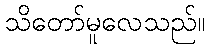
သိတော်မူလေသည်။